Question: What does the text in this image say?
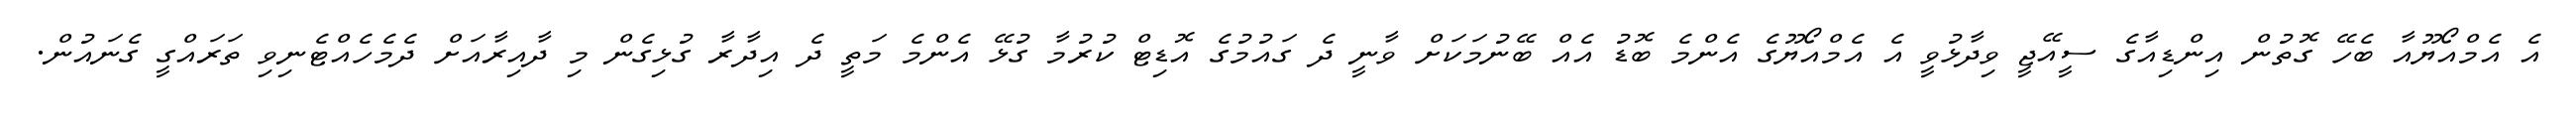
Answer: އެ އެމްއޯޔޫއާ ބެހޭ ގޮތުން އިންޑިއާގެ ސީއޭޖީ ވިދާޅުވީ އެ އެމްއޯޔޫގެ އެންމެ ބޮޑު އެއް ބޭނުމަކަށް ވާނީ ދެ ގައުމުގެ އޮޑިޓް ކުރުމާ ގުޅޭ އެންމެ މަތީ ދެ އިދާރާ ގުޅިގެން މި ދާއިރާއަށް ދެމެހެއްޓެނިވި ތަރައްގީ ގެނައުން.